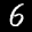
Label: 6